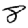
Digit: 8